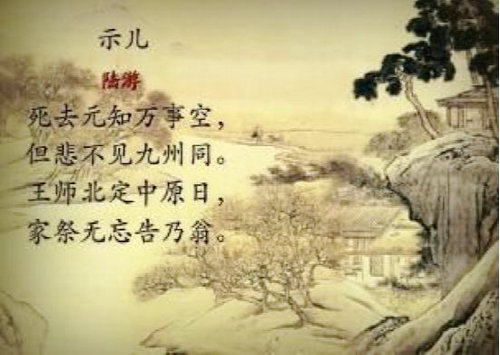
死去元知万事空，但悲不见九州同。